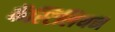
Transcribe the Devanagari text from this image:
कॅस्टिलियन